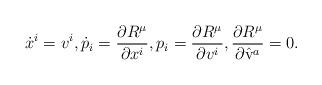
LaTeX: \begin{align*}{\dot x}^i=v^i, {\dot p}_i=\frac{\partial R^\mu}{\partial x^i} , p_i = \frac{\partial R^\mu}{\partial v^i}, \frac{\partial R^\mu}{\partial \hat{\rm v }^a} =0.\end{align*}